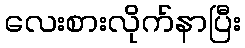
လေးစားလိုက်နာပြီး